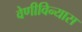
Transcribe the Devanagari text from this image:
वेणीविन्यास